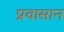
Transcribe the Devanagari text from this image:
प्रवासान